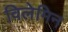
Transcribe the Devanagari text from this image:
विलेमिन